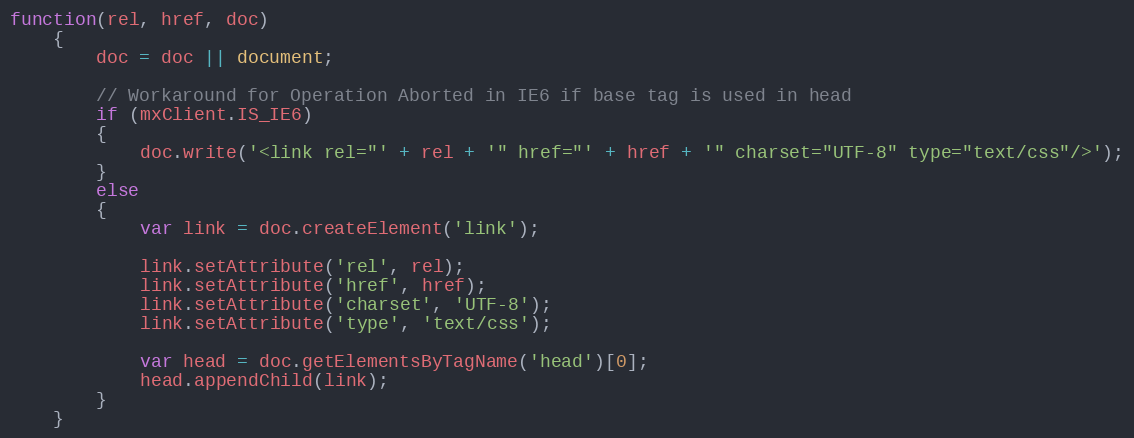
Language: JavaScript
function(rel, href, doc)
	{
		doc = doc || document;

		// Workaround for Operation Aborted in IE6 if base tag is used in head
		if (mxClient.IS_IE6)
		{
			doc.write('<link rel="' + rel + '" href="' + href + '" charset="UTF-8" type="text/css"/>');
		}
		else
		{
			var link = doc.createElement('link');

			link.setAttribute('rel', rel);
			link.setAttribute('href', href);
			link.setAttribute('charset', 'UTF-8');
			link.setAttribute('type', 'text/css');

			var head = doc.getElementsByTagName('head')[0];
	   		head.appendChild(link);
		}
	}